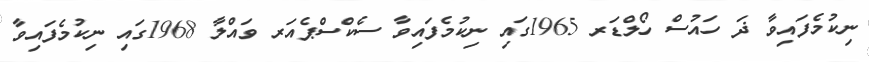
ނިކުމެފައިވާ ޛަ ހައުސް ހޯލްޑަރ 1965ގައި ނިކުމެފައިވާ ސެކްސްޕެއަރ ވައްލާ 1968ގައި ނިކުމެފައިވާ